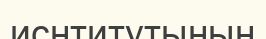
иснтитутының